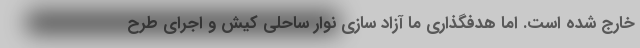
خارج شده است. اما هدفگذاری ما آزاد سازی نوار ساحلی کیش و اجرای طرح